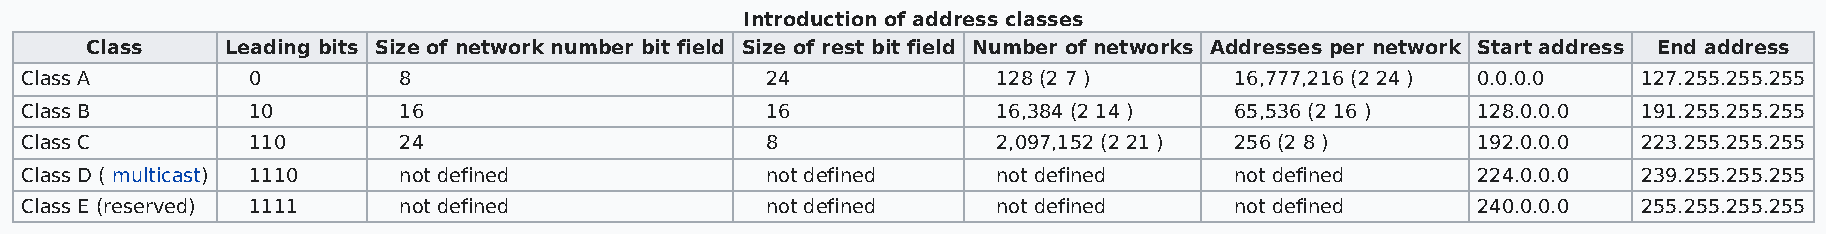
Introduction of address classes
 Class    Leading bits Size of network number bit field Size of rest bit field Number of networks Addresses per network Start address End address
 Class A        0         8                        24             128 (2 7 )      16,777,216 (2 24 ) 0.0.0.0 127.255.255.255
 Class B        10        16                       16             16,384 (2 14 )  65,536 (2 16 )  128.0.0.0  191.255.255.255
 Class C        110       24                       8              2,097,152 (2 21 ) 256 (2 8 )    192.0.0.0  223.255.255.255
 Class D ( multicast) 1110 not defined             not defined    not defined     not defined     224.0.0.0  239.255.255.255
 Class E (reserved) 1111  not defined              not defined    not defined     not defined     240.0.0.0  255.255.255.255